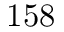
1 5 8